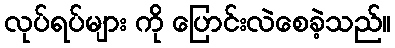
လုပ်ရပ်များ ကို ပြောင်းလဲစေခဲ့သည်။